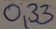
Text: 0,33